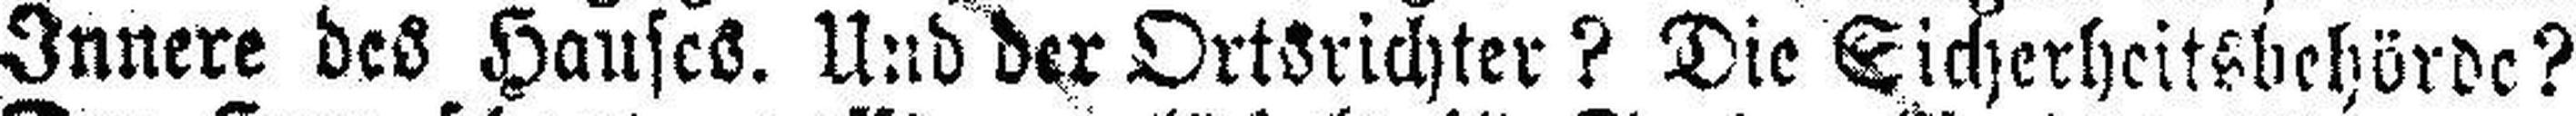
Innere des Hauses. Und der Ortsrichter? Die Sicherheitsbehörde?